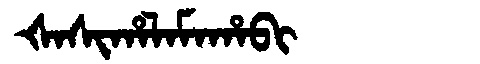
Manchu: ᡧᠠᠰᡳᡥᠠᠯᠠᠮᠠᡥᠠᠪᡳ
Romanization: ŠASIHALAMAHABI